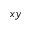
x y